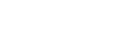
ယင်းအဖွဲ့တွင်